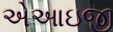
એઆઇજી